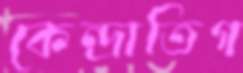
কেন্দ্রাতিগ